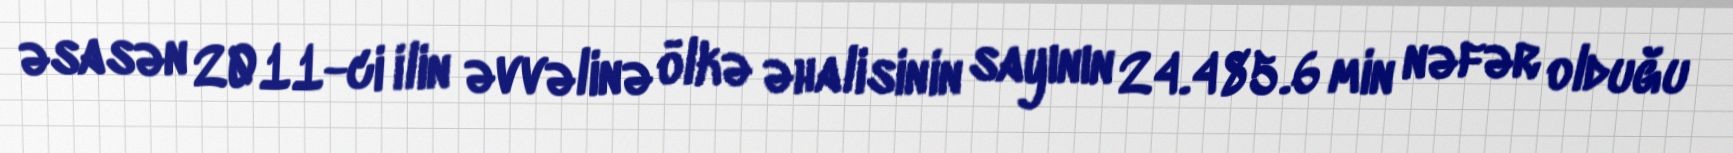
əsasən 2011-ci ilin əvvəlinə ölkə əhalisinin sayının 24.485.6 min nəfər olduğu